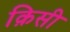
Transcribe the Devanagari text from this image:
क़िसी